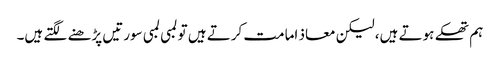
ہم تھکے ہوتے ہیں، لیکن معاذ امامت کرتے ہیں تو لمبی لمبی سورتیں پڑھنے لگتے ہیں۔